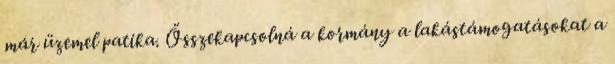
már üzemel patika. Összekapcsolná a kormány a lakástámogatásokat a